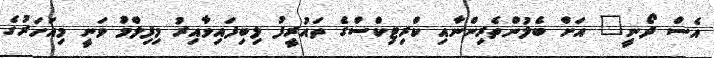
އެސް ދޯނީ" އަށް ބެލުންތެރިންނާއި ކްރިޓިކްސްގެ ތައުރީފު ލިބިފައިވާއިރު މިފިލްމު ވަނީ މިއަހަރުގެ